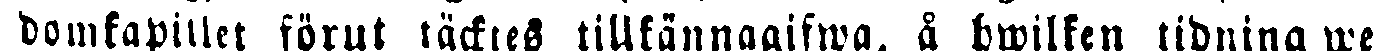
domkapitlet förut täcktes tillkännagifwa, å hwilken tidning we-